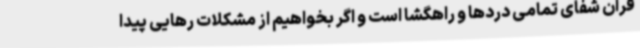
قرآن شفای تمامی دردها و راهگشا است و اگر بخواهیم از مشکلات رهایی پیدا